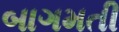
બાગમતી